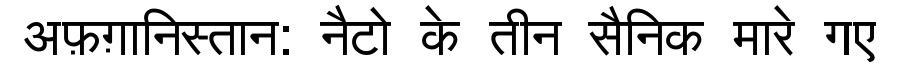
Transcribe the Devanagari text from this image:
अफ़ग़ानिस्तान: नैटो के तीन सैनिक मारे गए